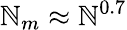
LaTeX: \mathbb{N}_{m}\approx\mathbb{N}^{0.7}